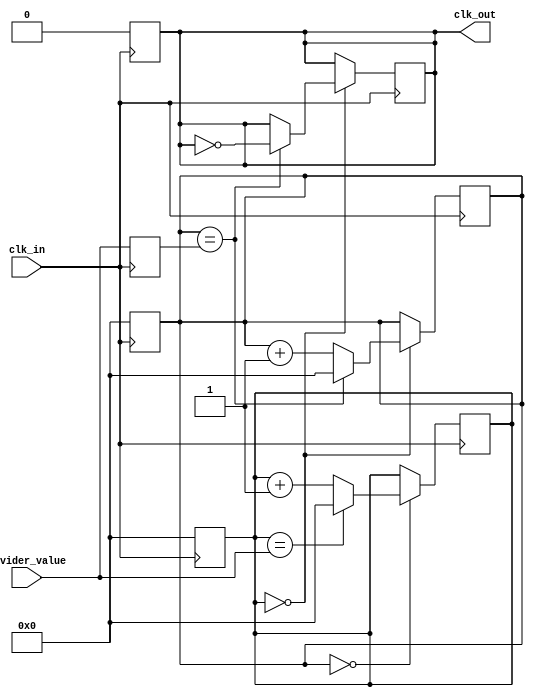
module floating_point_clock_divider (
    input wire clk_in,
    input wire [31:0] divider_value,
    output reg clk_out
);

reg [31:0] counter;
reg [31:0] divider;
reg [31:0] period_count;

always @(posedge clk_in) begin
    if (counter == 0) begin
        period_count <= period_count + 1;
        if (period_count == divider) begin
            period_count <= 0;
            clk_out <= ~clk_out;
        end
    end

    if (period_count == 0) begin
        counter <= counter + 1;
        if (counter == divider_value) begin
            counter <= 0;
        end
    end
end

always @(posedge clk_in) begin
    divider <= divider_value;
    period_count <= 0;
    counter <= 0;
    clk_out <= 0;
end

endmodule